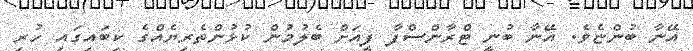
އޭނާ ބުންޏެވެ. އޭނާ ބުނީ ޓްރާންސްފާ ފީއަށް ބެލުމުން ކުޅުންތެރިޔެއްގެ ކިބައިގައި ހުރި